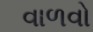
વાળવો